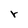
Character: r